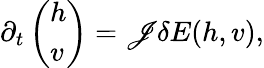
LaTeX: \partial_{t}\left(\begin{array}{l}{h}\\ {v}\end{array}\right)=\mathscr{J}\delta E(h,v),